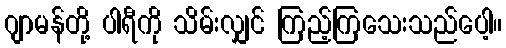
ဂျာမန်တို့ ပါရီကို သိမ်းလျှင် ကြည့်ကြသေးသည်ပေါ့။